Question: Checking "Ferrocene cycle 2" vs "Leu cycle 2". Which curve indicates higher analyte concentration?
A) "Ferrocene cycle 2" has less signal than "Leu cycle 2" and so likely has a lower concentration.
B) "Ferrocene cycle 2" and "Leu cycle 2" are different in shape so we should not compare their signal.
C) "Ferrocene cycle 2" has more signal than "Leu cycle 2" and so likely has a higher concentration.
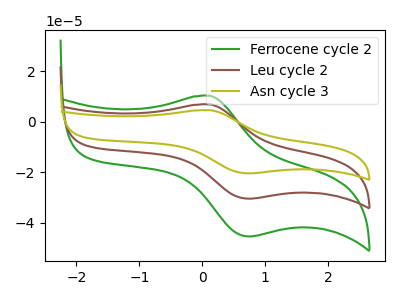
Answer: <think>The green curve "Ferrocene cycle 2" has an anodic peak at (0.10V, 10.40uA) and a cathodic peak at (0.75V, -45.35uA). The brown curve "Leu cycle 2" has an anodic peak at (0.10V, 6.95uA) and a cathodic peak at (0.75V, -30.40uA). The olive curve "Asn cycle 3" has an anodic peak at (0.10V, 13.90uA) and a cathodic peak at (0.75V, -60.80uA).
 All the peaks in "Ferrocene cycle 2" have a peak in "Leu cycle 2" at the same potential. Every peak in "Ferrocene cycle 2" is higher than every peak in "Leu cycle 2".</think>
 <answer>C) "Ferrocene cycle 2" has more signal than "Leu cycle 2" and so likely has a higher concentration.</answer>
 <eval>C</eval>